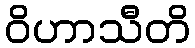
ဝိဟာသီတိ